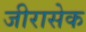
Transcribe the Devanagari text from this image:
जीरासेक